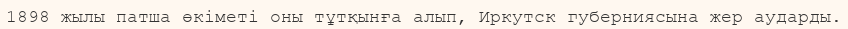
1898 жылы патша өкіметі оны тұтқынға алып, Иркутск губерниясына жер аударды.